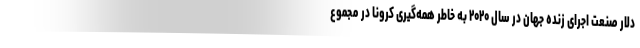
دلار صنعت اجرای زنده جهان در سال ۲۰۲۰ به خاطر همه‌گیری کرونا در مجموع